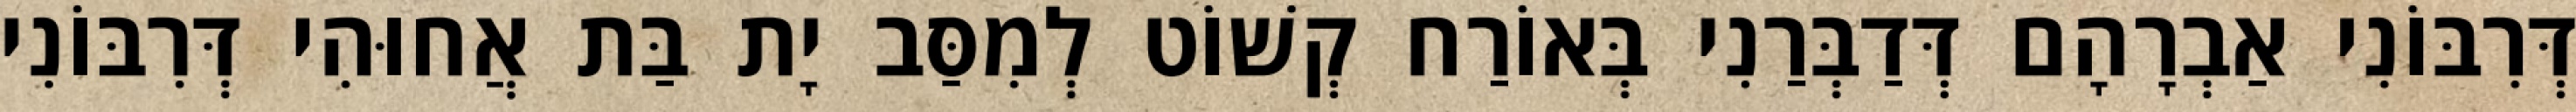
דְּרִבּוֹנִי אַבְרָהָם דְּדַבְּרַנִי בְּאוֹרַח קְשׁוֹט לְמִסַּב יָת בַּת אֲחוּהִי דְּרִבּוֹנִי